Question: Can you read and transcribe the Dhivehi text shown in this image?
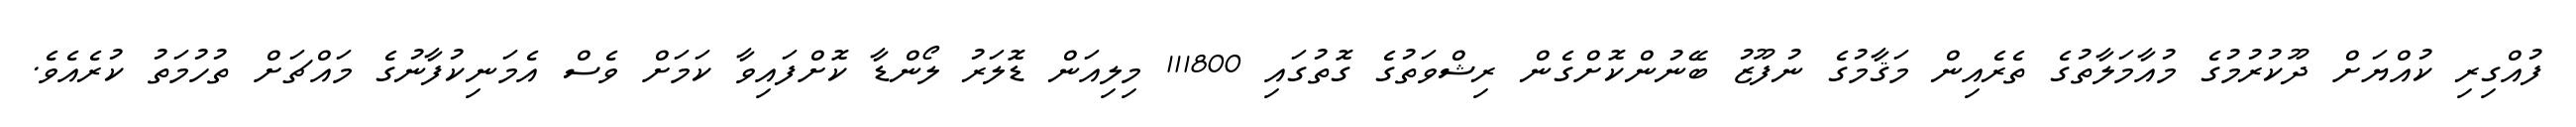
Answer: ފުއްގިރި ކުއްޔަށް ދޫކުރުމުގެ މުއާމަލާތުގެ ތެރެއިން މަޤާމުގެ ނުފޫޒު ބޭނުންކޮށްގެން ރިޝްވަތުގެ ގޮތުގައި 111800 މިލިއަން ޑޮލަރު ލޯންޑާ ކޮށްފައިވާ ކަމަށް ވެސް އެމަނިކުފާނުގެ މައްޗަށް ތުހުމަތު ކުރެއެވެ.